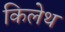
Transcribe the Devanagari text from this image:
किलेथ